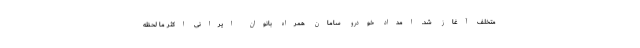
متخلف آغاز شد. امداد خودرو سامان همراه بانوان ایرانی اکثر ما لحظه